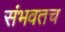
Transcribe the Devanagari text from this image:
संभवतच